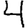
Digit: 4